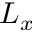
L _ { x }